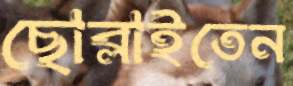
ছোব্‌লাইতেন